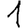
Digit: 1